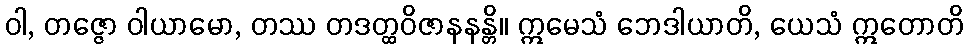
ဝါ, တဇ္ဇော ဝါယာမော, တဿ တဒတ္ထဝိဇာနနန္တိ။ ဣမေသံ ဘေဒါယာတိ, ယေသံ ဣတောတိ